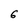
Character: 6